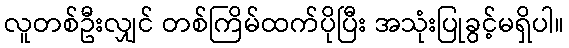
လူတစ်ဦးလျှင် တစ်ကြိမ်ထက်ပိုပြီး အသုံးပြုခွင့်မရှိပါ။